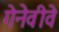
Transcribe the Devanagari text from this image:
गेनेवीवे